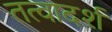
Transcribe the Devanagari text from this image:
तत्वादर्श